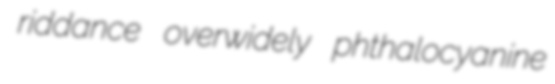
riddance overwidely phthalocyanine